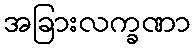
အခြားလက္ခဏာ